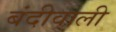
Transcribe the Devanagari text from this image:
बंदीवाली